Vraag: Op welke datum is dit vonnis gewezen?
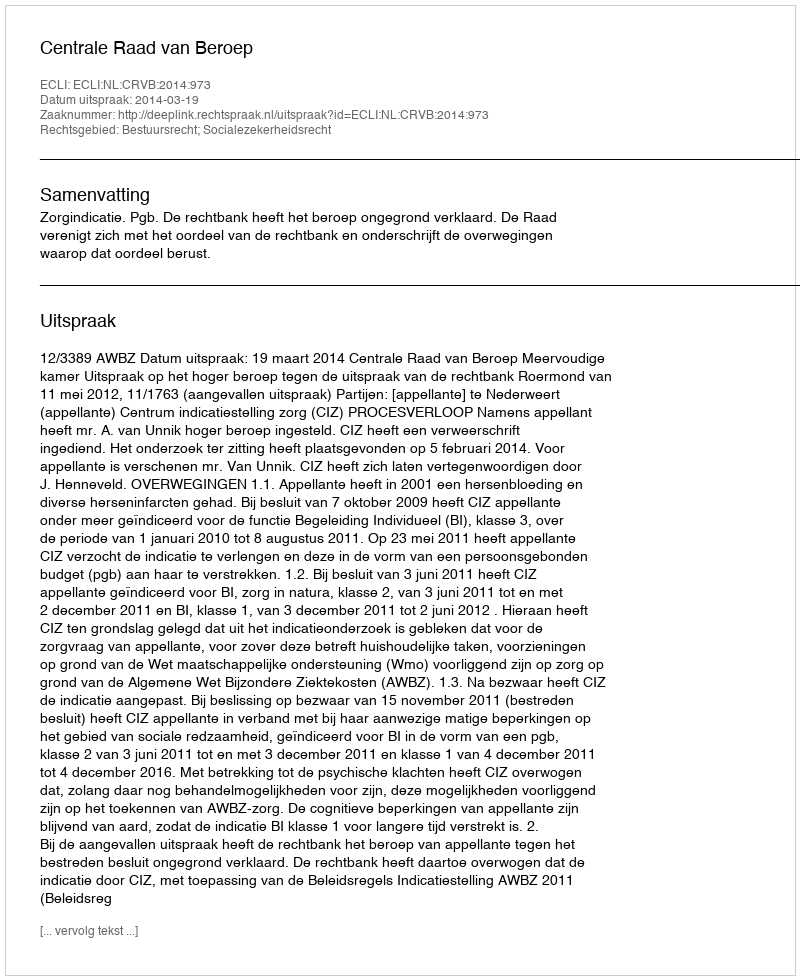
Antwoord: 2014-03-19